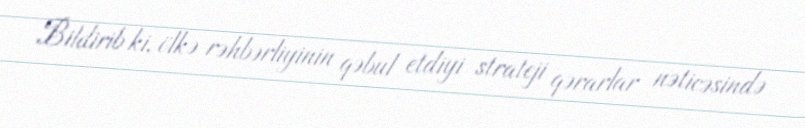
Bildirib ki, ölkə rəhbərliyinin qəbul etdiyi strateji qərarlar nəticəsində